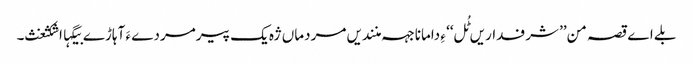
بلے اے قصہ من’’ شرفداریں ٹُل‘‘ ءِ دامانا جہہ منندیں مردماں ژہ یک پیرمردے ءَ آہاڑے بیگہااشکثغث۔